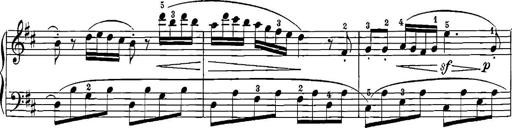
Title: 12 Sonatinas
Composer: Ignaz Pleyel